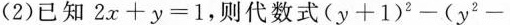
(2)已知$$2 x + y = 1$$，则代数式$$( y + 1 ) ^ { 2 } - ( y ^ { 2 } -